Civil Veterinary Department Bengal reports 1923-33 - 1923-1933
Year: 1923
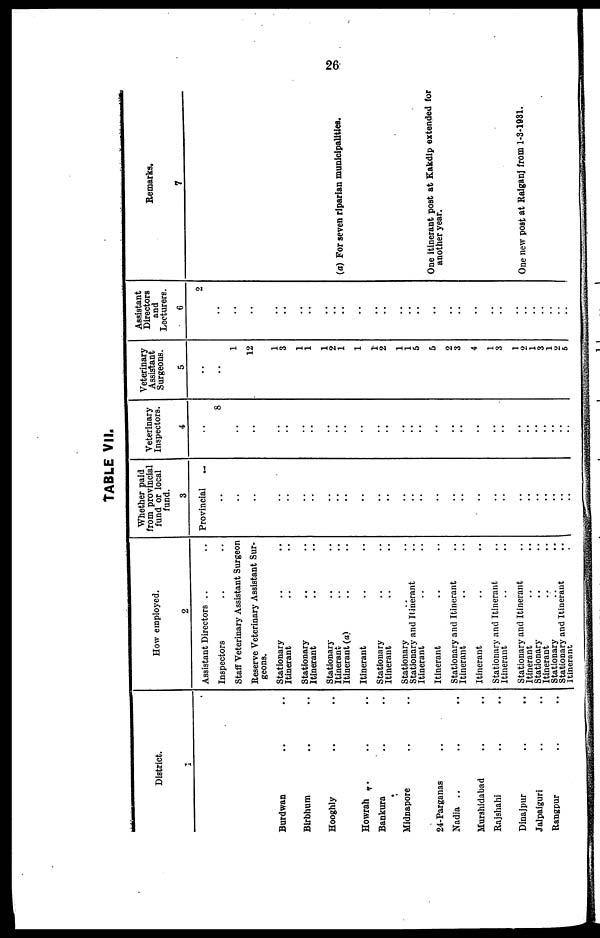
26
TABLE VII.
District.
1
Burdwan .. ..
Birbhum .. ..
Hooghly .. ..
Howrah .. .. ..
Bankura .. ..
Midnapore .. ..
24-Parganas ..
Nadia .. .. ..
Murshidabad .. ..
Rajshahi .. ..
Dinajpur .. ..
Jalpaiguri .. ..
Rangpur .. ..
How employed.
2
Assistant Directors .. ..
Inspectors .. ..
Staff Veterinary Assistant Surgeon
Reserve Veterinary Assistant Sur-
geons.
Stationary .. ..
Itinerant .. ..
Stationary .. ..
Itinerant .. ..
Stationary .. ..
Itinerant .. ..
Itinerant (a) .. ..
Itinerant .. ..
Stationary .. ..
Itinerant .. ..
Stationary .. ..
Stationary and Itinerant ..
Itinerant .. ..
Itinerant .. ..
Stationary and Itinerant ..
Itinerant .. ..
Itinerant .. ..
Stationary and Itinerant ..
Itinerant .. ..
Stationary and Itinerant ..
Itinerant .. ..
Stationary .. ..
Itinerant .. ..
Stationary .. ..
Stationary and Itinerant ..
Itinerant .. ..
Whether paid
from provincial
fund or local
fund.
3
Provincial ..
..
..
..
..
..
..
..
..
..
..
..
..
..
..
..
..
..
..
..
..
..
..
..
..
..
..
..
Veterinary
Inspectors.
4
..
8
..
..
..
..
..
..
..
..
..
..
..
..
..
..
..
..
..
..
..
..
..
..
..
..
..
..
Veterinary
Assistant
Surgeons.
5
..
..
1
12
1
3
1
1
1
2
1
1
1
2
1
1
5
5
2
3
4
1
3
1
2
1
3
1
2
5
Assistant
Directors
and
Lecturers.
6
2
..
..
..
..
..
..
..
..
..
..
..
..
..
..
..
..
..
..
..
..
..
..
..
..
.. ..
Remarks.
7
(a) For seven riparian municipalities.
One itinerant post at Kakdip extended for
another year.
One new post at Raiganj from 1-3-1931.